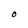
Character: O